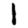
Digit: 1